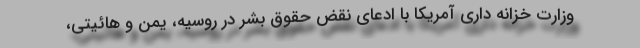
وزارت خزانه داری آمریکا با ادعای نقض حقوق بشر در روسیه، یمن و هائیتی،